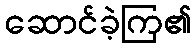
ဆောင်ခဲ့ကြ၏